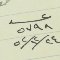
عدد ٥٧٩٨	٢٤/١٢/٥٢